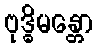
ဗုဒ္ဓိမန္တော